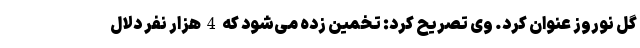
گل نوروز عنوان کرد. وی تصریح کرد: تخمین زده می‌شود که 4 هزار نفر دلال